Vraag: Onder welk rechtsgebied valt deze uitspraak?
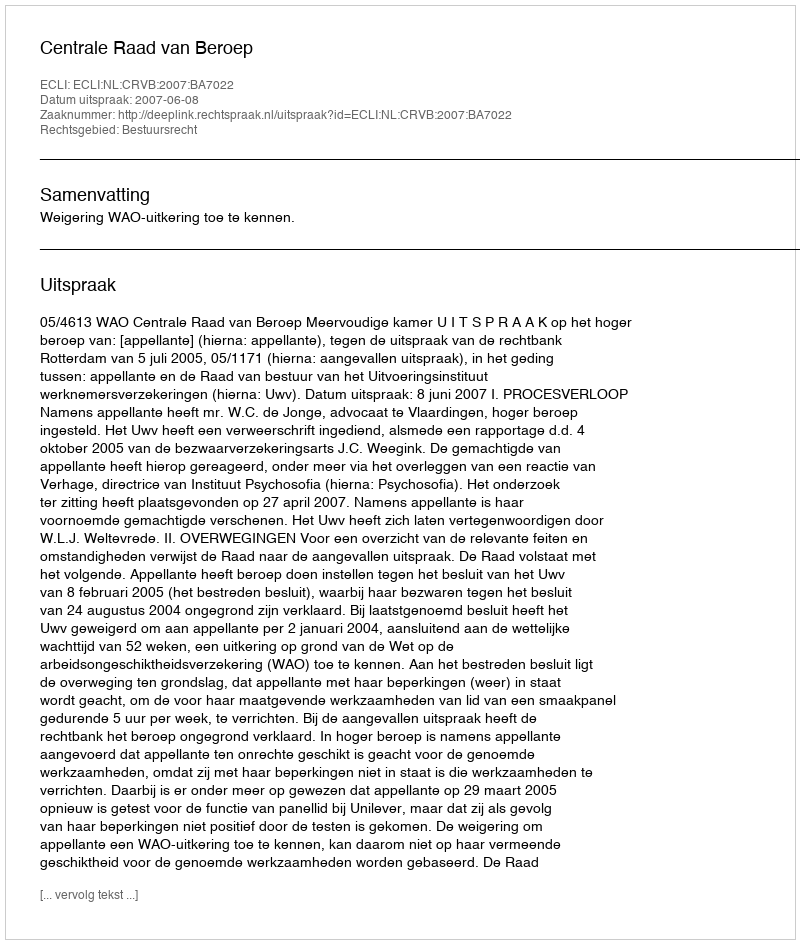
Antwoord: Bestuursrecht